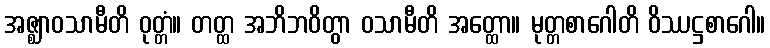
အဇ္ဈာဝသာမီတိ ဝုတ္တံ။ တတ္ထ အဘိဘဝိတွာ ဝသာမီတိ အတ္ထော။ မုတ္တစာဂေါတိ ဝိဿဋ္ဌစာဂေါ။